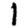
Digit: 1